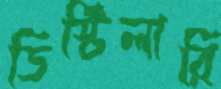
ডিস্টিলারি